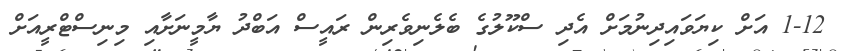
1-12 އަށް ކިޔަވައިދިނުމަށް އެދި ސްކޫލުގެ ބެލެނިވެރިން ރައީސް އަބްދު ޔާމީނަށާއި މިނިސްޓްރީއަށް